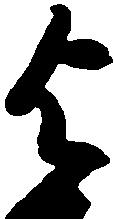
与